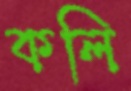
কলি